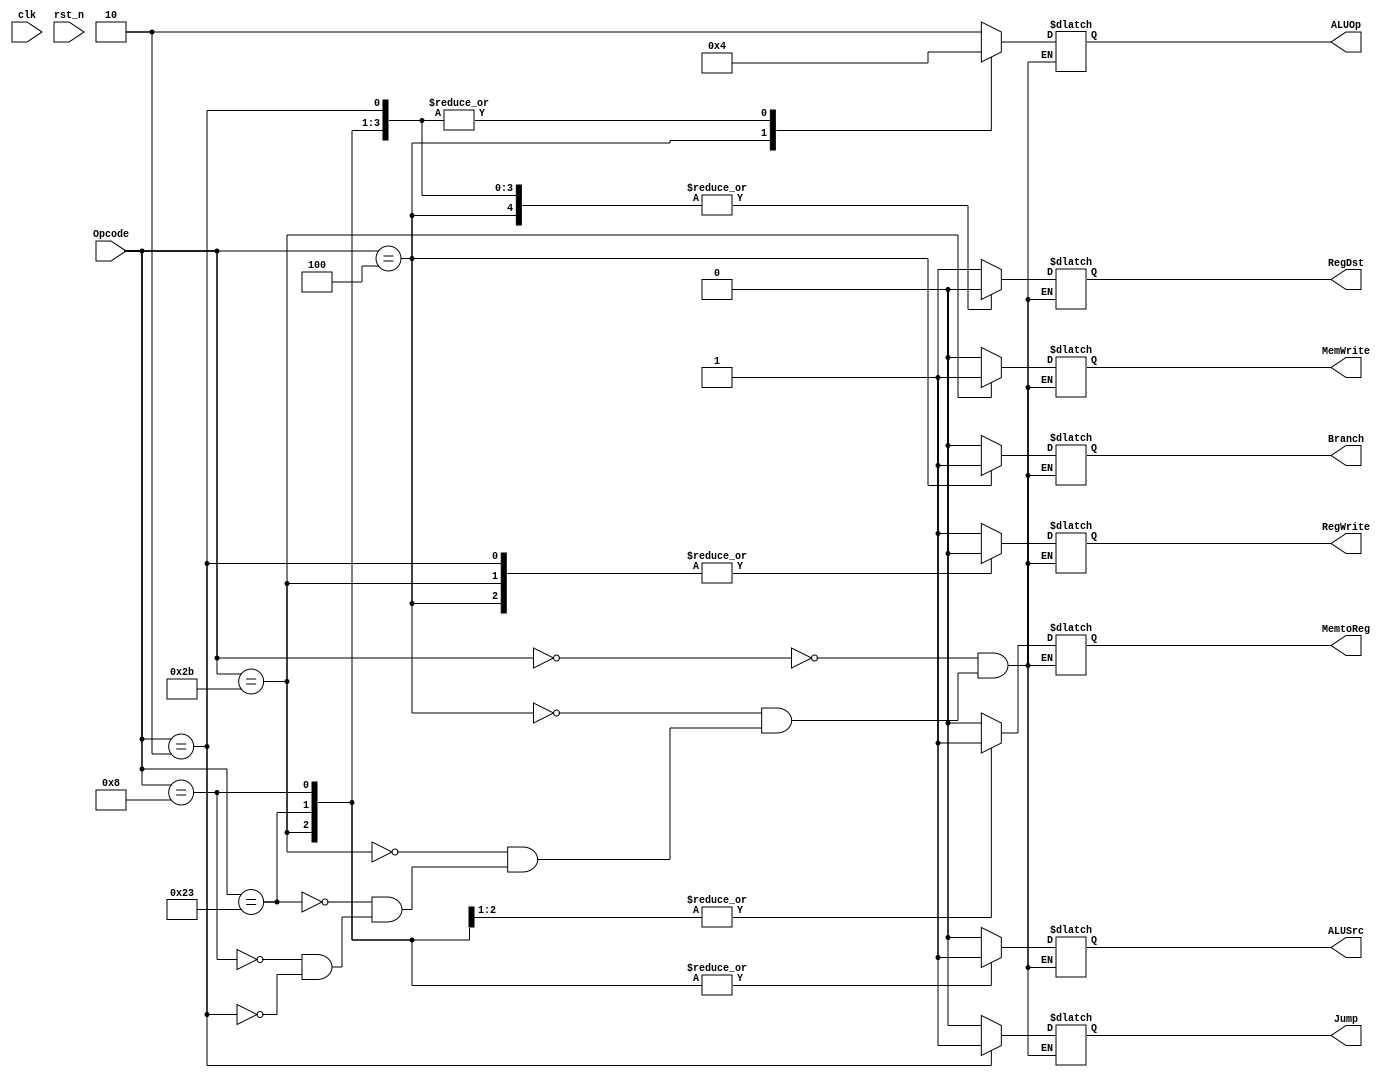
/*
    The Control Unit has multiple uses. It can determine the control lines for functional units and multiplexors.
    It does this by taking in the 6bit OP code and and generating the 2 bit ALUOp as well as other bits needed for the generated control lines.
    The other bits that are generated depend on the opcode recevied.
*/
module Control_Unit(
    input        clk,
    input        rst_n,

    output  reg [1:0]    ALUOp,
    output  reg     MemWrite,RegWrite,
    output  reg     RegDst,
    output  reg     MemtoReg,
    output  reg     ALUSrc,
    output  reg     Branch,
    output  reg     Jump,
    input   [5:0]   Opcode
);

always @(*) begin
    case (Opcode)
        // R type no Immediate Instruction
        6'b000000 : begin
            RegWrite = 1'b1;
            RegDst   = 1'b1;
            ALUSrc   = 1'b0;
            Branch   = 1'b0;
            MemWrite = 1'b0;
            MemtoReg = 1'b0;
            ALUOp    = 2'b10;
            Jump     = 1'b0;
        end
        // beq Instruction
        6'b000100 : begin
            RegWrite = 1'b0;
            RegDst   = 1'b0;
            ALUSrc   = 1'b0;
            Branch   = 1'b1;    
            MemWrite = 1'b0;
            MemtoReg = 1'b0;
            ALUOp    = 2'b01;
            Jump     = 1'b0;
        end
        // sw Instruction
        6'b101011 : begin
            RegWrite = 1'b0;
            RegDst   = 1'b0;
            ALUSrc   = 1'b1;
            Branch   = 1'b0;
            MemWrite = 1'b1;
            MemtoReg = 1'b1;
            ALUOp    = 2'b00;
            Jump     = 1'b0;
        end
        // lw Instruction
        6'b100011 : begin
            RegWrite = 1'b1;
            RegDst   = 1'b0;
            ALUSrc   = 1'b1;
            Branch   = 1'b0;
            MemWrite = 1'b0;
            MemtoReg = 1'b1;
            ALUOp    = 2'b00;
            Jump     = 1'b0;
        end
        // addi Instruction
        6'b001000 : begin
            RegWrite = 1'b1;
            RegDst   = 1'b0;
            ALUSrc   = 1'b1;
            Branch   = 1'b0;
            MemWrite = 1'b0;
            MemtoReg = 1'b0;
            ALUOp    = 2'b00;
            Jump     = 1'b0;
        end
        // J type Instruction
        6'b000010 : begin
            RegWrite = 1'b0;
            RegDst   = 1'b0;
            ALUSrc   = 1'b0;
            Branch   = 1'b0;
            MemWrite = 1'b0;
            MemtoReg = 1'b0;
            ALUOp    = 2'b00;
            Jump     = 1'b1;
        end
        default: ;
    endcase
end

endmodule